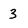
Character: 3